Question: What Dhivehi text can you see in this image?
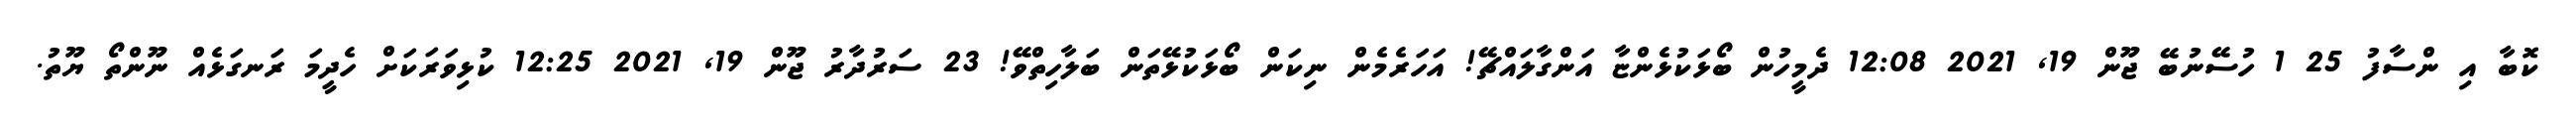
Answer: ކޮބާ އި ންސާފު 25 1 ހުސޭނުބޭ ޖޫން 19, 2021 12:08 ދެމީހުން ބޯޅަކުޅެންޏާ އަންގާލައްޗޭ! އަހަރެމެން ނިކަން ބޯޅަކުޅޭތަން ބަލާހިތްވޭ! 23 ސަރުދާރު ޖޫން 19, 2021 12:25 ކުޅިވަރަކަށް ހެދީމަ ރަނގަޅެއް ނޫންތޯ ޔޫތު.